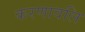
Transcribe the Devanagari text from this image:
करणावलि